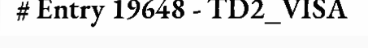
# Entry 19648 - TD2_VISA